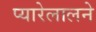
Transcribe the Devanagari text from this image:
प्यारेलालने